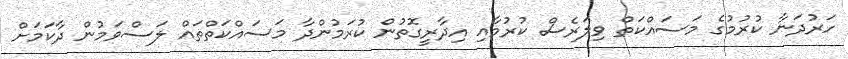
ހަރުދަނާ ކުރުމުގެ މަސައްކަތް ވިލަރެސް ކުރުމާއި އިދާރީގޮތުން ކުރަމުންދާ މަސައްކަތްތައް ލަސްވަމުން ދާކަމަށް